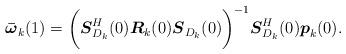
LaTeX: \begin{align*}\boldsymbol{\bar{\omega}}_k(1)=\bigg(\boldsymbol S_{D_k}^H(0)\boldsymbol R_k(0)\boldsymbol S_{D_k}(0)\bigg)^{-1}\boldsymbol S_{D_k}^H(0)\boldsymbol p_k(0).\end{align*}